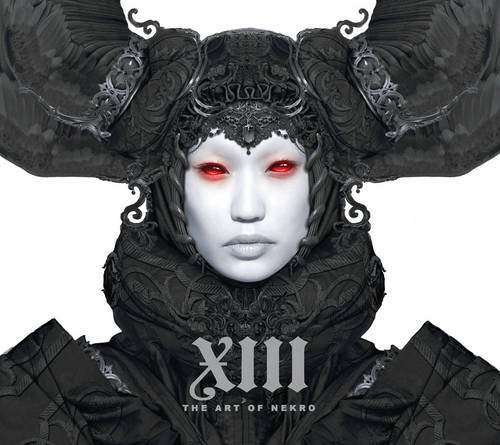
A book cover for XIII: The Art of Nekro Volume 1 HC (XIII Art of Nekro Hc); Nekro; Comics & Graphic Novels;